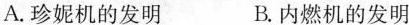
A.珍妮机的发明 B.内燃机的发明